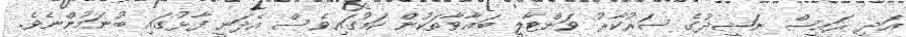
އަދި ރައީސް ނަޝީދުގެ ސަރުކާރު ވަށްޓާލީ ބަޣާވާތަކުން ކަމުގައިވެސް އެދަނީ ފާޅުގައި ބުނަމުންނެވެ.